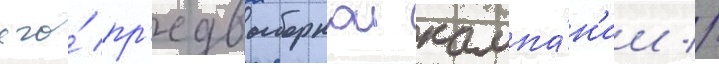
его́ пр'едвыборнои кампа́н'ии //